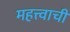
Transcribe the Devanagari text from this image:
महत्त्वाचीं